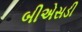
બીએસડી